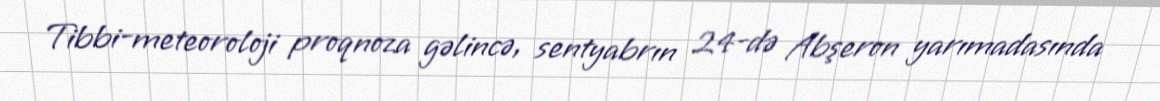
Tibbi-meteoroloji proqnoza gəlincə, sentyabrın 24-də Abşeron yarımadasında